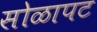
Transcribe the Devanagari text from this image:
सोळापट